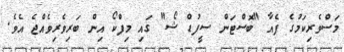
މަސްވެރިކަމުގެ ފެއާ "ބޮސްޓަން ސީފުޑް ޝޯ" ގައި މިފްކޯ އިން ބަރިވެރިވެއްޖެ އެވެ.